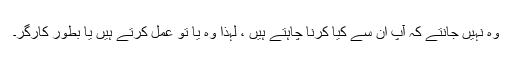
وہ نہیں جانتے کہ آپ ان سے کیا کرنا چاہتے ہیں ، لہذا وہ یا تو عمل کرتے ہیں یا بطور کارگر۔